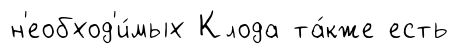
н'еобход'и́мых Клода та́кже есть